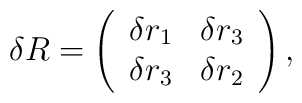
\delta R=\left(\begin{array}{crc}\delta r_1&\delta r_3\\\delta r_3&\delta r_2 \\\end{array}\right),